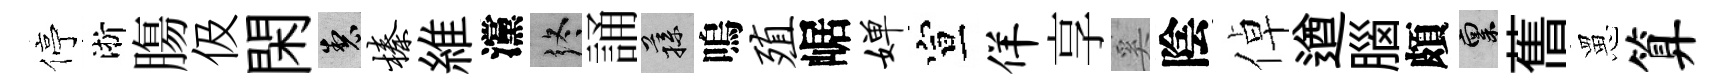
停淅膓伋閑製榛維灙终誦蓀嗚殖崌婵宣佯享奚陰倬遒腦頗禀𦾔罳算